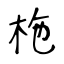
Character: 柂